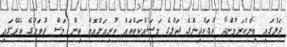
ޖަލުގައި ބިނާކުރަމުންދާ ކުޑަކުދިންގެ ޖަލުގެ މަސައްކަތްތައް ކުރިއަށްއޮތް ތިން މަސް ދުވަހުގެ ތެރޭގައި